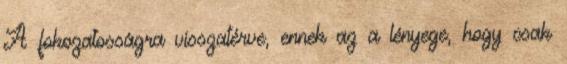
A fokozatosságra visszatérve, ennek az a lényege, hogy csak